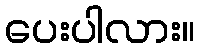
ပေးပါလား။